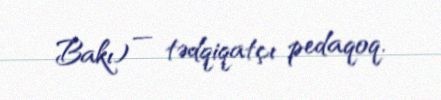
Bakı) — tədqiqatçı pedaqoq.